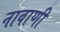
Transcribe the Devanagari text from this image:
नावाणी